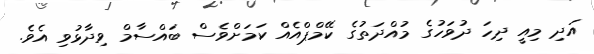
އަދި މިއީ ދިހަ ދުވަހުގެ މުއްދަތުގެ ކޭމްޕްއެއް ކަމަށްވެސް ބައްސާމް ވިދާޅުވި އެވެ.